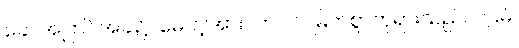
ခေါ၊ အကြင်အခါ၌။ မေ၊ ငါ့အား။ ဘဂဝါ၊ မြတ်စွာဘုရားသည်။ ပဌမံ၊